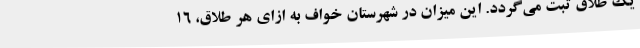
یک طلاق ثبت می‌گردد. این میزان در شهرستان خواف به ازای هر طلاق، 16